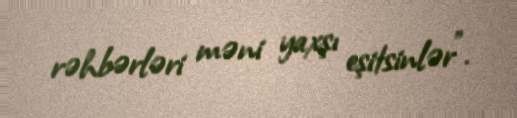
rəhbərləri məni yaxşı eşitsinlər”.